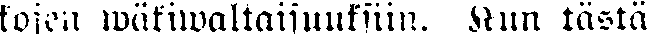
kojen wätiwaltaisuuksiin. Kun tästä